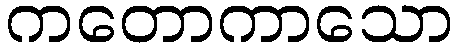
ကတောကာသော